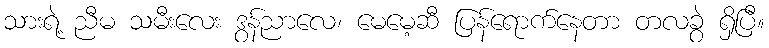
သားရဲ့ ညီမ သမီးလေး ဒွန်ညာလေ၊ မေမေ့ဆီ ပြန်ရောက်နေတာ တလခွဲ ရှိပြီ။